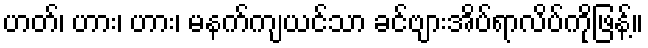
ဟတ်၊ ဟား၊ ဟား၊ မနက်ကျယင်သာ ခင်ဗျားအိပ်ရာလိပ်ကိုဖြန့်။